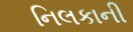
નિલકાની